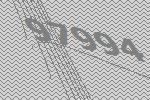
97994